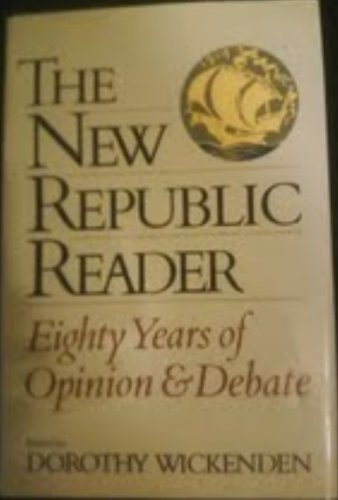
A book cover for The New Republic Reader: Eighty Years of Opinion and Debate; Humor & Entertainment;